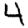
Digit: 4